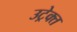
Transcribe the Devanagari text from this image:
उट्रेक्त